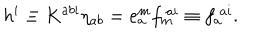
h ^ { i } \equiv K ^ { a b i } \eta _ { a b } = e _ { a } ^ { m } f _ { m } ^ { ~ a i } \equiv f _ { a } ^ { ~ a i } .